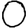
Digit: 0